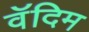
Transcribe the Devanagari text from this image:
वॅदिम